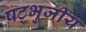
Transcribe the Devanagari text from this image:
षट्भुजीय